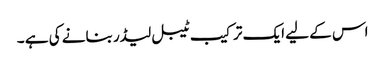
اس کے لیے ایک ترکیب ٹیبل لیڈر بنانے کی ہے ۔